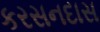
કરસનદાસ